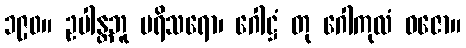
၁၉၀။ ဥပါန္တဘူ ပရိသရော၊ ဂေါဋ္ဌံ တု ဂေါကုလံ ဝဇော။